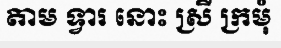
តាម ទ្វារ នោះ ស្រី ក្រមុំ